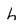
Character: h